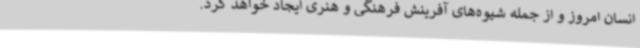
انسان امروز و از جمله شیوه‌های آفرینش فرهنگی و هنری ایجاد خواهد کرد.